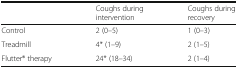
<table><thead><tr><td></td><td><b>Coughs during intervention</b></td><td><b>Coughs during recovery</b></td></tr></thead><tbody><tr><td>Control</td><td>2 (0–5)</td><td>1 (0–3)</td></tr><tr><td>Treadmill</td><td>4* (1–9)</td><td>2 (1–5)</td></tr><tr><td>Flutter® therapy</td><td>24* (18–34)</td><td>2 (1–4)</td></tr></tbody></table>